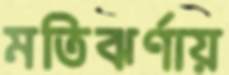
মতিঝর্ণায়